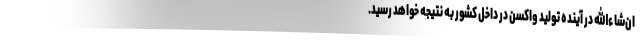
ان‌شاءالله در آینده تولید واکسن در داخل کشور به نتیجه خواهد رسید.